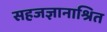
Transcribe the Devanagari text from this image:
सहजज्ञानाश्रित